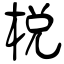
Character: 棁